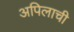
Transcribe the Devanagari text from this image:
अपिलाची